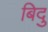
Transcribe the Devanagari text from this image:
बिदु